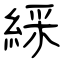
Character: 綵